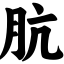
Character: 肮